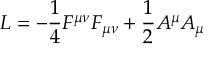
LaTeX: { \cal { L } } = - \frac { 1 } { 4 } F ^ { \mu \nu } F _ { \mu \nu } + \frac { 1 } { 2 } A ^ { \mu } A _ { \mu }